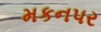
મકનપર